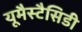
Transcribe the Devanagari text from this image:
यूमैस्टैसिडी